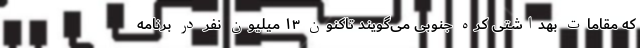
که مقامات بهداشتی کره جنوبی می‌گویند تاکنون ۱۳ میلیون نفر در برنامه